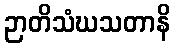
ဉာတိသံဃသတာနိ